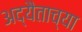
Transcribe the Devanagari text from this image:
अद्यैताच्या